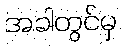
အခါတွင်မှ